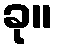
ခု။